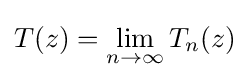
T(z)=\lim _{n\to \infty }T_{n}(z)